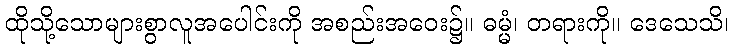
ထိုသို့သောများစွာလူအပေါင်းကို အစည်းအဝေး၌။ ဓမ္မံ၊ တရားကို။ ဒေသေသိ၊